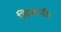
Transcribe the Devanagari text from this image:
जिलानी।